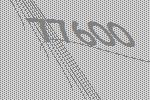
77600